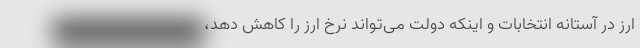
ارز در آستانه انتخابات و اینکه دولت می‌تواند نرخ ارز را کاهش دهد،